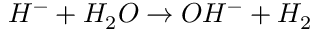
H ^ { - } + H _ { 2 } O \rightarrow O H ^ { - } + H _ { 2 }